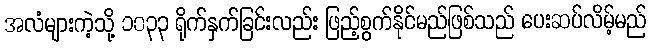
အလံများကဲ့သို့ ၁၀၃၃ ရိုက်နှက်ခြင်းလည်း ဖြည့်စွက်နိုင်မည်ဖြစ်သည် ပေးဆပ်လိမ့်မည်